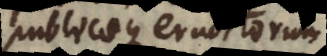
publicae eruditorum